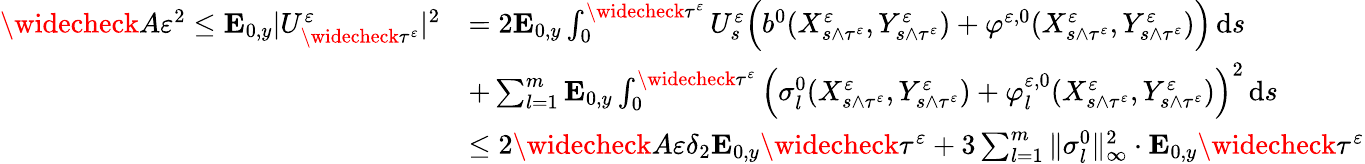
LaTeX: \begin{array}{rl}{\widecheck A\varepsilon^{2}\leq\mathbf{E}_{0,y}|U_{\widecheck\tau^{\varepsilon}}^{\varepsilon}|^{2}}&{=2\mathbf{E}_{0,y}\int_{0}^{\widecheck\tau^{\varepsilon}}U_{s}^{\varepsilon}\Big(b^{0}(X_{s\wedge\tau^{\varepsilon}}^{\varepsilon},Y_{s\wedge\tau^{\varepsilon}}^{\varepsilon})+\varphi^{\varepsilon,0}(X_{s\wedge\tau^{\varepsilon}}^{\varepsilon},Y_{s\wedge\tau^{\varepsilon}}^{\varepsilon})\Big)\, \mathrm{d}s}\\ &{+\sum_{l=1}^{m}\mathbf{E}_{0,y}\int_{0}^{\widecheck\tau^{\varepsilon}}\Big(\sigma_{l}^{0}(X_{s\wedge\tau^{\varepsilon}}^{\varepsilon},Y_{s\wedge\tau^{\varepsilon}}^{\varepsilon})+\varphi_{l}^{\varepsilon,0}(X_{s\wedge\tau^{\varepsilon}}^{\varepsilon},Y_{s\wedge\tau^{\varepsilon}}^{\varepsilon})\Big)^{2}\, \mathrm{d}s}\\ &{\leq 2\widecheck A\varepsilon\delta_{2}\mathbf{E}_{0,y}\widecheck\tau^{\varepsilon}+3\sum_{l=1}^{m}\| \sigma_{l}^{0}\| _{\infty}^{2}\cdot\mathbf{E}_{0,y}\widecheck\tau^{\varepsilon}}\end{array}